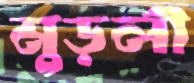
মুড়লী